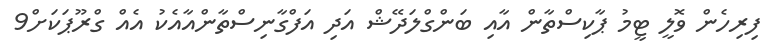
ފިރިހެން ވޮލީ ޓީމު ޕާކިސްތާން އާއި ބަންގްލަދޭޝް އަދި އަފްގާނިސްތާންއާއެކު އެއް ގްރޫޕަކަށް9